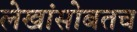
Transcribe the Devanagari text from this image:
लेखांसोबतच